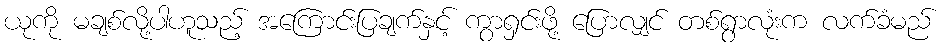
ယုကို မချစ်လို့ပါဟူသည့် အကြောင်းပြချက်နှင့် ကွာရှင်းဖို့ ပြောလျှင် တစ်ရွာလုံးက လက်ခံမည်